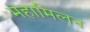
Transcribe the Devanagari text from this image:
महामिलन